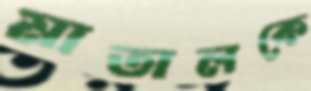
মাতালকে